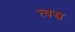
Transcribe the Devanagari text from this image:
त्वस्त्र